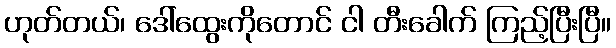
ဟုတ်တယ်၊ ဒေါ်ထွေးကိုတောင် ငါ တီးခေါက် ကြည့်ပြီးပြီ။